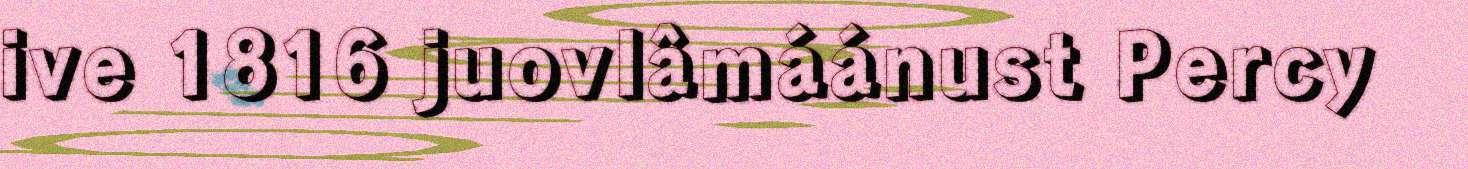
ive 1816 juovlâmáánust Percy